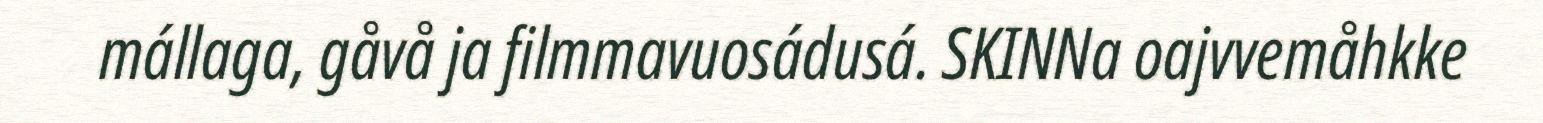
mállaga, gåvå ja filmmavuosádusá. SKINNa oajvvemåhkke